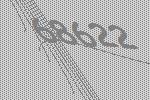
68622